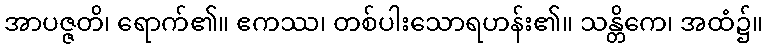
အာပဇ္ဇတိ၊ ရောက်၏။ ဧကဿ၊ တစ်ပါးသောရဟန်း၏။ သန္တိကေ၊ အထံ၌။